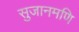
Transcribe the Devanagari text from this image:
सुजानमणि